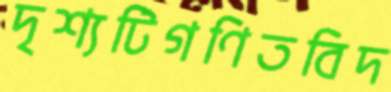
দৃশ্যটিগণিতবিদ